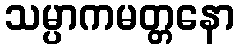
သမ္ပာကမတ္တနော